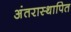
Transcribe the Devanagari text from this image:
अंतरास्थापित